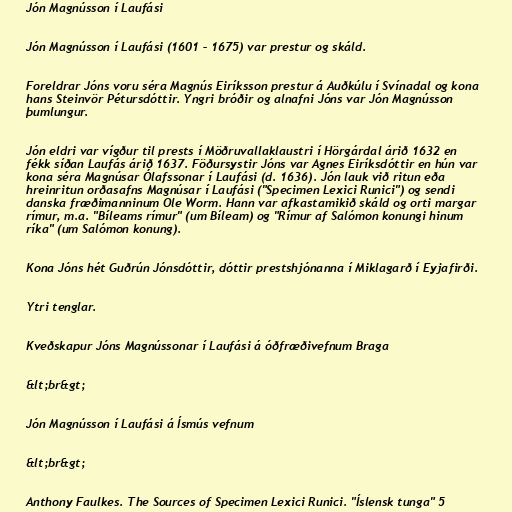
Jón Magnússon í Laufási

Jón Magnússon í Laufási (1601 – 1675) var prestur og skáld.

Foreldrar Jóns voru séra Magnús Eiríksson prestur á Auðkúlu í Svínadal og kona
hans Steinvör Pétursdóttir. Yngri bróðir og alnafni Jóns var Jón Magnússon
þumlungur.

Jón eldri var vígður til prests í Möðruvallaklaustri í Hörgárdal árið 1632 en
fékk síðan Laufás árið 1637. Föðursystir Jóns var Agnes Eiríksdóttir en hún var
kona séra Magnúsar Ólafssonar í Laufási (d. 1636). Jón lauk við ritun eða
hreinritun orðasafns Magnúsar í Laufási ("Specimen Lexici Runici") og sendi
danska fræðimanninum Ole Worm. Hann var afkastamikið skáld og orti margar
rímur, m.a. "Bíleams rímur" (um Bíleam) og "Rímur af Salómon konungi hinum
ríka" (um Salómon konung).

Kona Jóns hét Guðrún Jónsdóttir, dóttir prestshjónanna í Miklagarð í Eyjafirði.

Ytri tenglar.

Kveðskapur Jóns Magnússonar í Laufási á óðfræðivefnum Braga

&lt;br&gt;

Jón Magnússon í Laufási á Ísmús vefnum

&lt;br&gt;

Anthony Faulkes. The Sources of Specimen Lexici Runici. "Íslensk tunga" 5